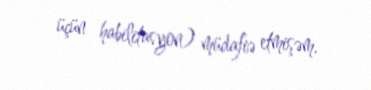
üçün habilitasyon) müdafiə etmişəm.